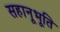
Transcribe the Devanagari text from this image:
सहानूभूति